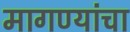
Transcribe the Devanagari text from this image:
मागण्यांचा